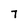
Character: 7